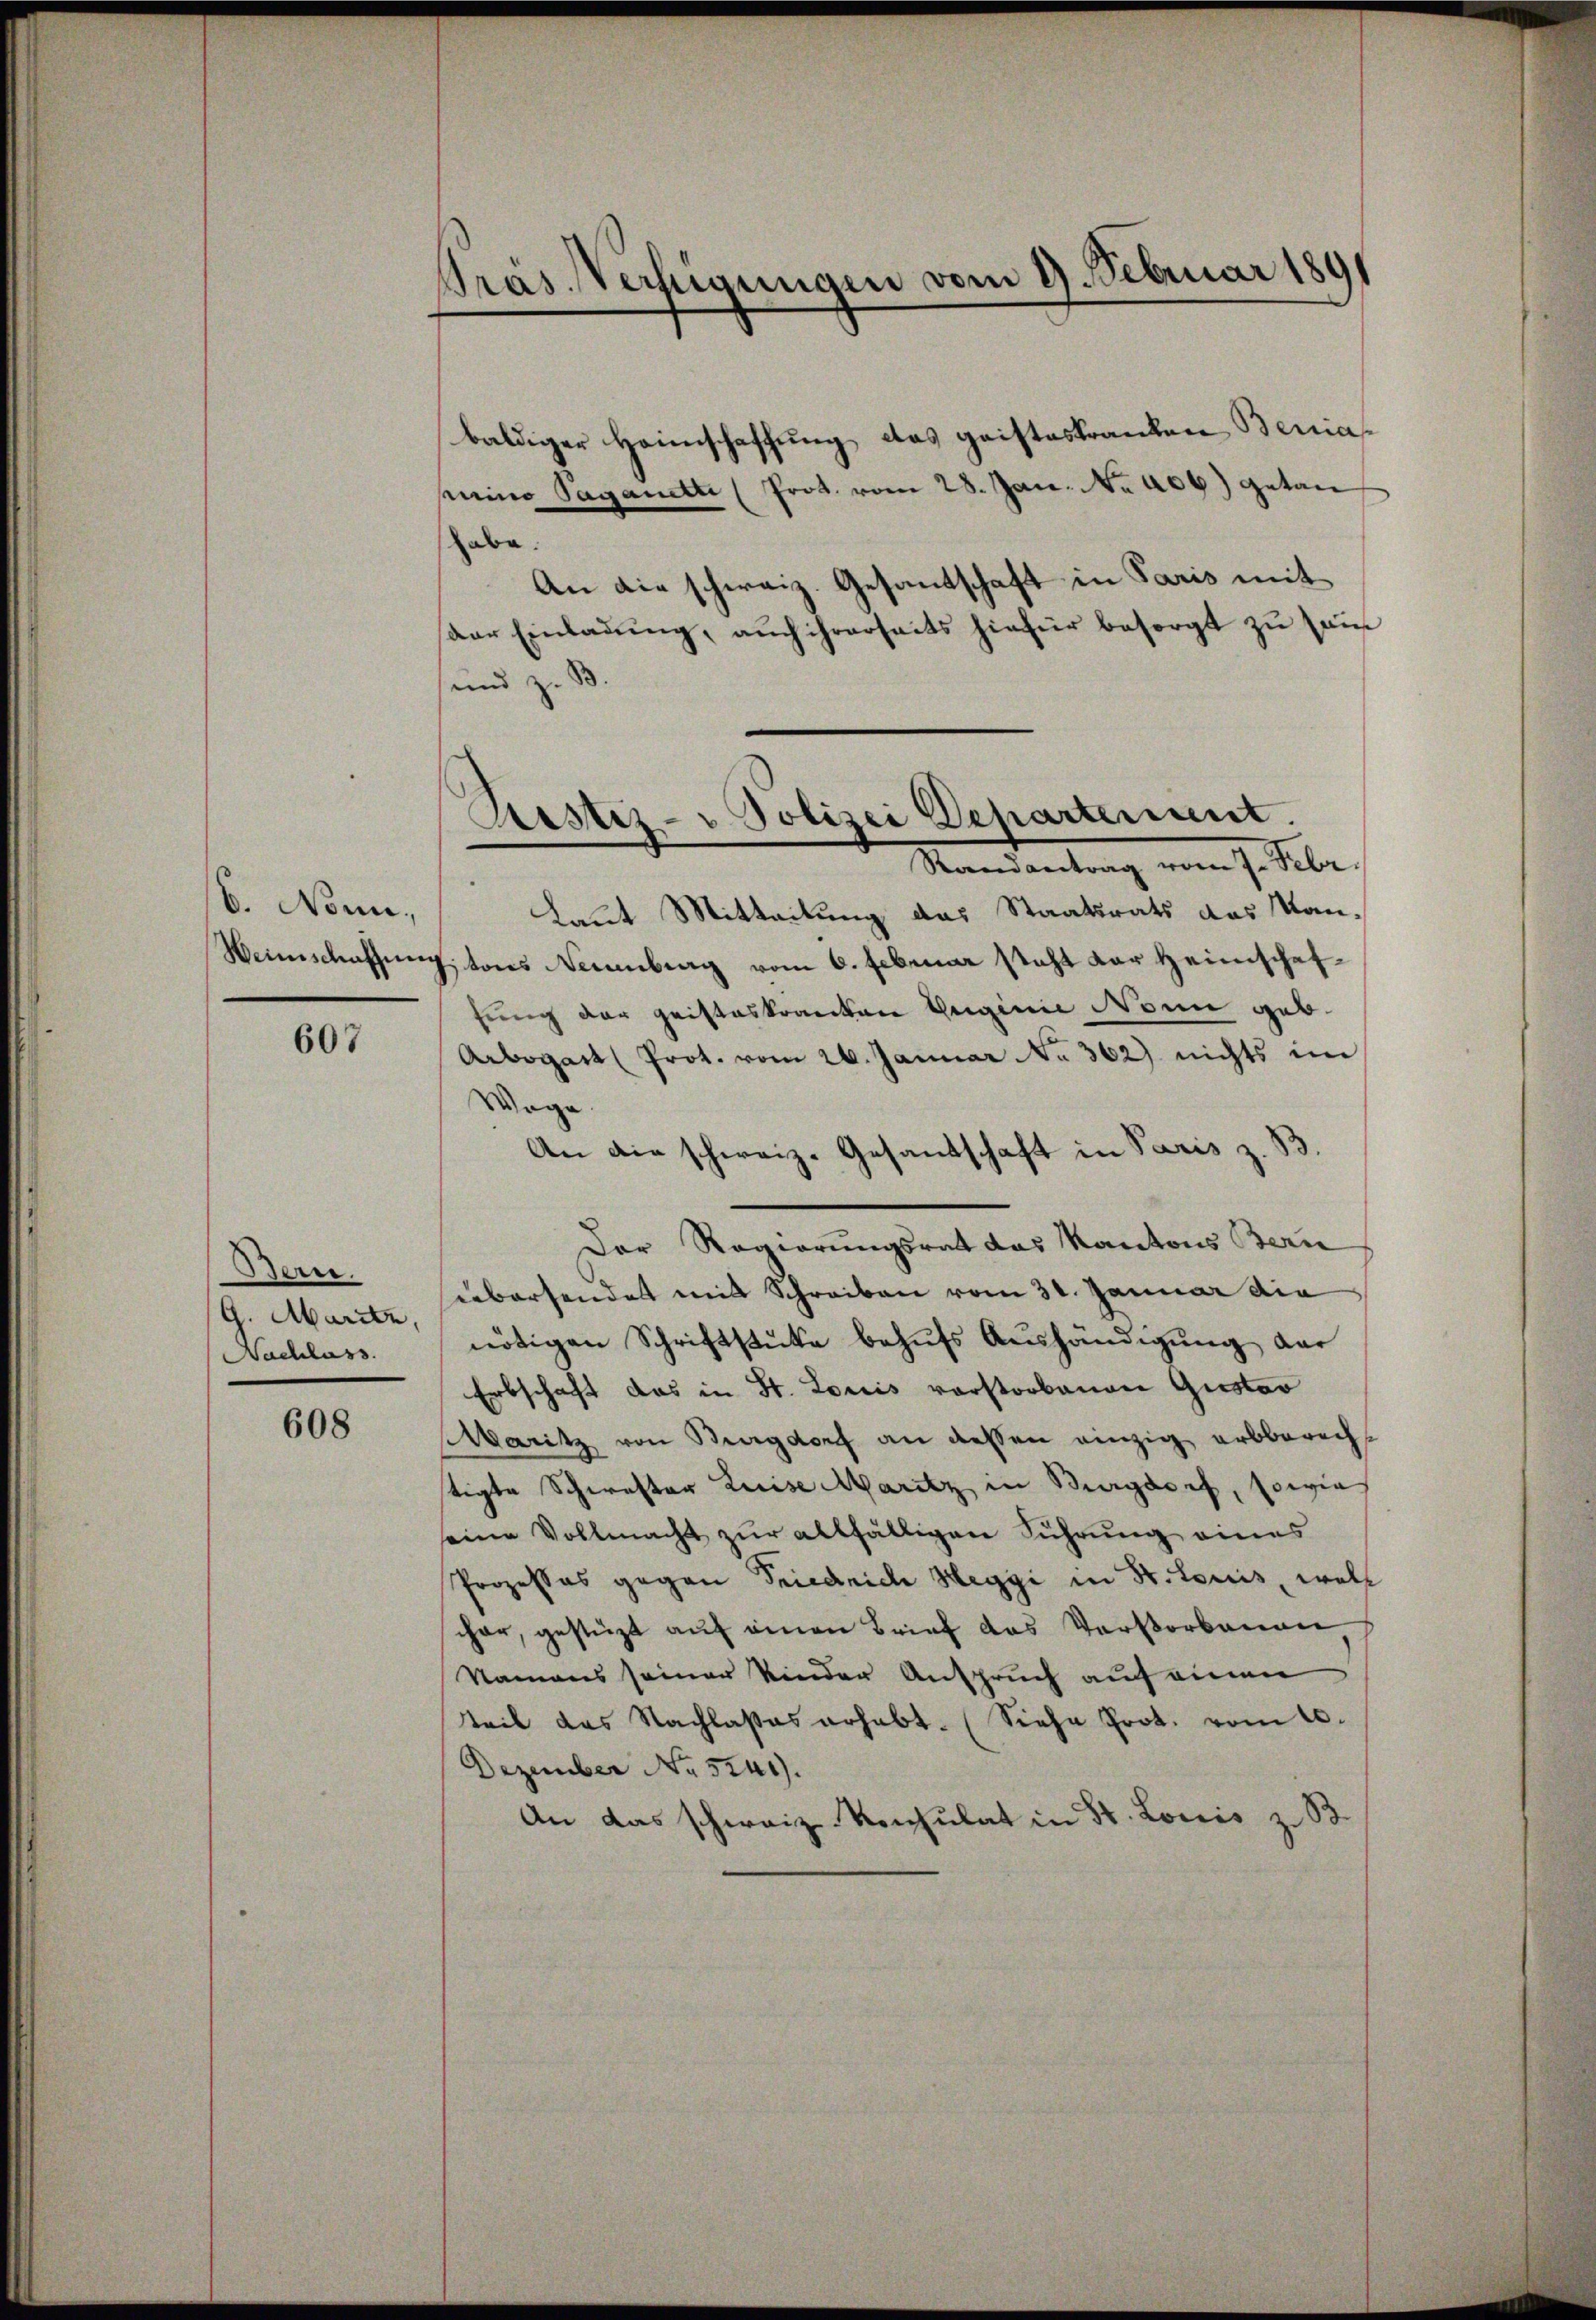
b. Nonne.

607

Berr.
G. Maritz,
Nachlass.

608

Präs. Verfügungen vom 9. Februar 1891

baldiger Heimschaffung das geisteskranken Beniapnino Paganette (Prot. vom 28. Jan. No. 406) getan
abe.
An die schweiz. Gesantschaft in Paris mit
aar Einladung, auch ihrerseits hiefür besorgt zu sam
sund z. B.
Randantrag vom 7. Febr.
kaut Mitteilung das Staatsrats das Kan¬
Weinschaffung tons Neuenburg vom 6. Februar steht der Heimschaffung der geisteskranken Guginie Nonn geb.
Arbogar (Prot. vom 26. Januar No. 362) nichts im
Wöge.
An die schweiz. Gesandschaft in Paris z. B.
Der Regierungsrat das Kantons Bern
übersendet mit Schreiben vom 31. Januar die
nötigen Schriftstücke behŭfs Aushändigung der
Erbschaft das in St. Louis vorstorbenen Gustav
Maritz von Burgdorf an dessen einzig erbberechtigte Schwester Luise Maritz in Burgdorf, sowie
seine Vollmacht zur allfälligen Führung eines
Prozesses gegen Friedrich Heggi in St. Louis, woll
cher, gestüzt auf einen Brief das Verstorbenen
Namens seiner Kinder Anspruch auf einen
teil das Nachlasses erhabt. (Siehe Prot. vom 10.
Dezember No 5241.
An das schweiz. Konsulat in St. Louis z. B.

Rustiz- u Polizei Departement.